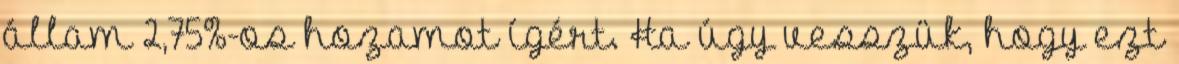
állam 2,75%-os hozamot ígért. Ha úgy vesszük, hogy ezt